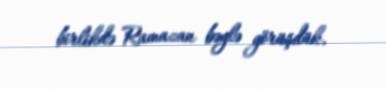
birlikdə Ramazan bəylə görüşdük.